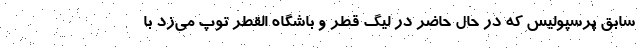
سابق پرسپولیس که در حال حاضر در لیگ قطر و باشگاه القطر توپ می‌زد با